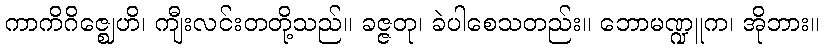
ကာကိဂိဇ္ဈေဟိ၊ ကျီးလင်းတတို့သည်။ ခဇ္ဇတု၊ ခဲပါစေသတည်း။ ဘောမဏ္ဍူက၊ အိုဘား။